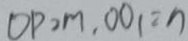
O P _ { 2 } m , O O _ { 1 } = n